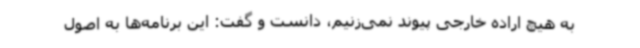
به هیچ اراده خارجی پیوند نمی‌زنیم، دانست و گفت: این برنامه‌ها به اصول